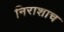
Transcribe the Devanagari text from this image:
निराशाच